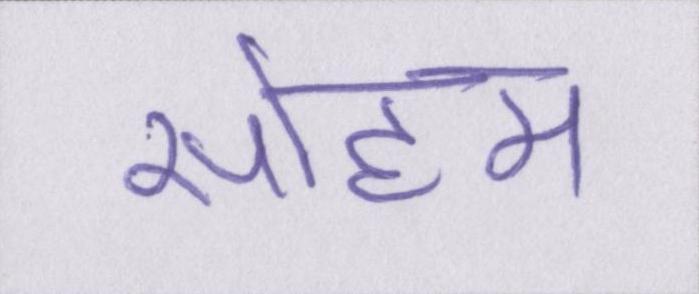
सोहम